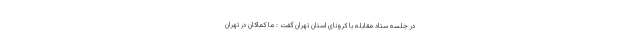
در جلسه ستاد مقابله با کرونای استان تهران گفت : ما کماکان در تهران